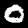
Digit: 0